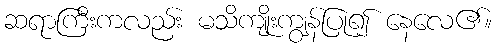
ဆရာကြီးကလည်း မသိကျိုးကျွန်ပြု၍ နေလေ၏။